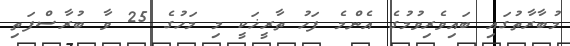
މުބާރާތުގައި ބައިވެރިވުމުގެ އެންމެ ފަހު ތާރީޚަކީ މި މަހުގެ 25 ވާ ބުރާސްފަތި